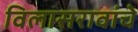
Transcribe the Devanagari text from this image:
विलासरावांचे